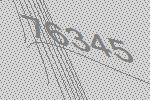
76345